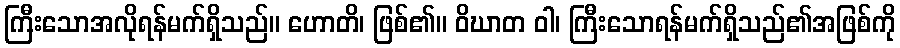
ကြီးသောအလိုရန်မက်ရှိသည်။ ဟောတိ၊ ဖြစ်၏။ ဝိဃာတ ဝါ၊ ကြီးသောရန်မက်ရှိသည်၏အဖြစ်ကို